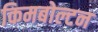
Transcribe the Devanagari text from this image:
किमबोल्टन